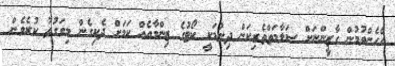
އެހެންވުމުން ގާޒީންނަށް ސަލާމަތްތެރިކަން ދިނުމަކީ ކޯޓުގެ ޒިންމާއެއް ކަމަށް ދެކިގެން މިވަގުތު ކުރެވެން